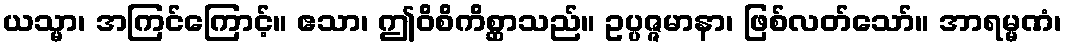
ယသ္မာ၊ အကြင်ကြောင့်။ ဧသာ၊ ဤဝိစိကိစ္ဆာသည်။ ဥပ္ပဇ္ဇမာနာ၊ ဖြစ်လတ်သော်။ အာရမ္မဏံ၊